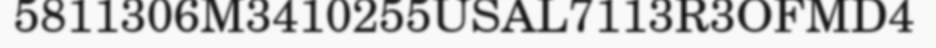
5811306M3410255USAL7113R3OFMD4